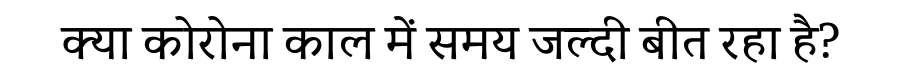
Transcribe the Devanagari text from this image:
क्या कोरोना काल में समय जल्दी बीत रहा है?